Lunatic asylums Central Provinces reports 1910-1926 - 1910-1926
Year: 1910
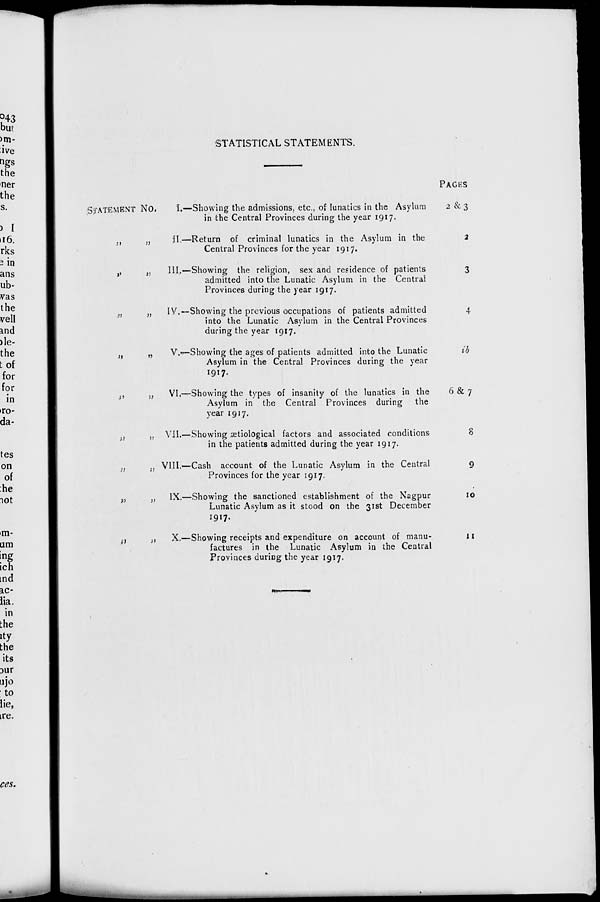
STATISTICAL STATEMENTS.
STATEMENT NO.
„ „
„ „
„ „
„ „
„ „
„ „
„ „
„ „
„ „
I.—Showing the admissions, etc., of lunatics in the Asylum
in the Central Provinces during the year 1917.
II.—Return of criminal lunatics in the Asylum in the
Central Provinces for the year 1917.
III.—Showing the religion, sex and residence of patients
admitted into the Lunatic Asylum in the Central
Provinces during the year 1917.
IV.—Showing the previous occupations of patients admitted
into the Lunatic Asylum in the Central Provinces
during the year 1917.
V.—Showing the ages of patients admitted into the Lunatic
Asylum in the Central Provinces during the year
1917.
VI.—Showing the types of insanity of the lunatics in the
Asylum in the Central Provinces during the
year 1917.
VII.—Showing ætiological factors and associated conditions
in the patients admitted during the year 1917.
VIII.—Cash account of the Lunatic Asylum in the Central
Provinces for the year 1917.
IX.—Showing the sanctioned establishment of the Nagpur
Lunatic Asylum as it stood on the 31st December
1917.
X.—Showing receipts and expenditure on account of manu-
factures in the Lunatic Asylum in the Central
Provinces during the year 1917.
PAGES
2&3
2
3
4
ib
6& 7
8
9
10
11